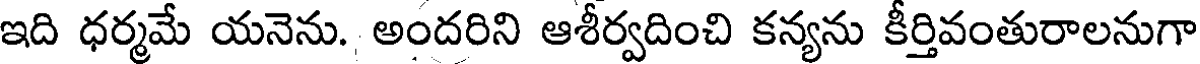
ఇది ధర్మమే యనెను. అందరిని ఆశీర్వదించి కన్యను కీర్తివంతురాలనుగా